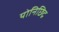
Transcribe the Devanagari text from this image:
योनिछिद्र